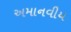
અમાનવીય